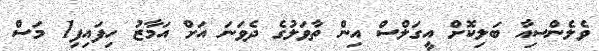
ވެލެންސިއާ ބަލިކޮށް އީގަލްސް އިން ތާވަލުގެ ދެވަނަ އަށް އަމާޒު ހިފައިފި1 މަސް